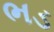
ભડ